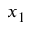
x _ { 1 }